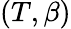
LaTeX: (T,\beta)